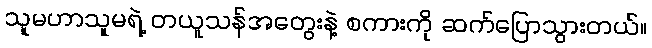
သူမဟာသူမရဲ့ တယူသန်အတွေးနဲ့ စကားကို ဆက်ပြောသွားတယ်။